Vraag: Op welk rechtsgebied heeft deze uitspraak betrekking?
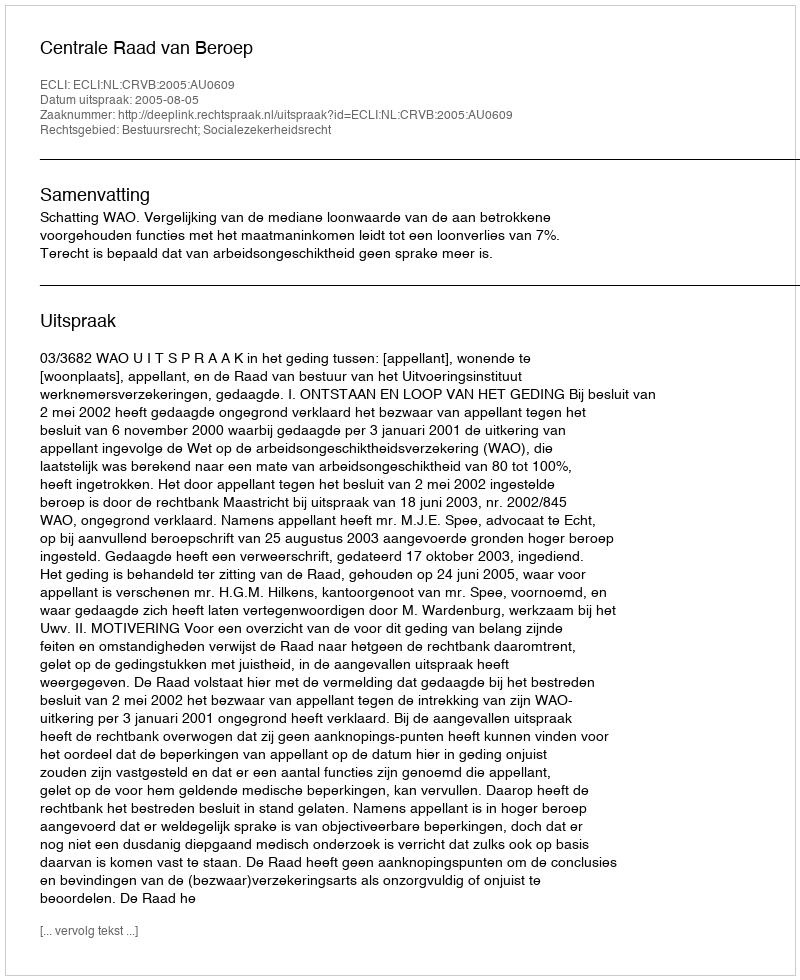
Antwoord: Bestuursrecht; Socialezekerheidsrecht